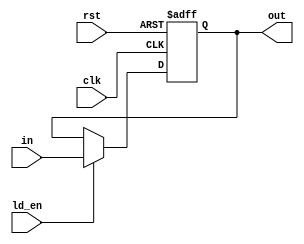
module NBitRegister #(parameter N = 8) (input [N-1:0] in, input ld_en, clk, rst, output reg [N-1:0] out);
    always @(posedge clk or negedge rst) begin
        if (~rst)
            out <= {N{1'b0}};
        else if (ld_en)
            out <= in;
    end
endmodule